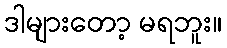
ဒါများတော့ မရဘူး။